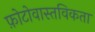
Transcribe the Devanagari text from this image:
फ़ोटोवास्तविकता